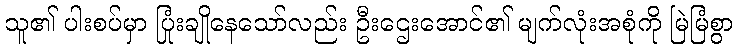
သူ၏ ပါးစပ်မှာ ပြုံးချိုနေသော်လည်း ဦးဌေးအောင်၏ မျက်လုံးအစုံကို မြဲမြံစွာ